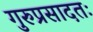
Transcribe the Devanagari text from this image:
गुरुप्रसादतः